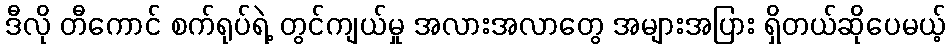
ဒီလို တီကောင် စက်ရုပ်ရဲ့ တွင်ကျယ်မှု အလားအလာတွေ အများအပြား ရှိတယ်ဆိုပေမယ့်